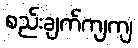
စည်းချက်ကျကျ